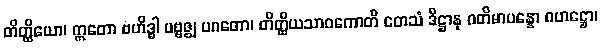
တိတ္ထိယော၊ ဣတော ဗဟိဒ္ဓါ ပဗ္ဗဇ္ဈ ပဂတော၊ တိတ္ထိယသာဝကောတိ တေသံ ဒိဋ္ဌာနု ဂတိမာပန္နော ဂဟဋ္ဌော၊